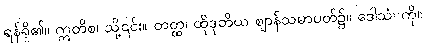
ရန်ရှိ၏။ ဣတိစ၊ သို့၎င်း။ တတ္ထ၊ ထိုဒုတိယ ဈာန်သမာပတ်၌။ ဒေါသံ၊ ကို။